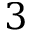
3